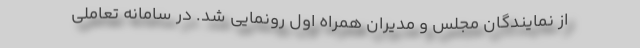
از نمایندگان مجلس و مدیران همراه اول رونمایی شد. در سامانه تعاملی